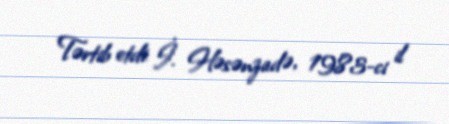
Tərtib etdi: İ. Həsənzadə, 1983-ci il